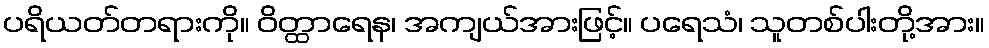
ပရိယတ်တရားကို။ ဝိတ္ထာရေန၊ အကျယ်အားဖြင့်။ ပရေသံ၊ သူတစ်ပါးတို့အား။